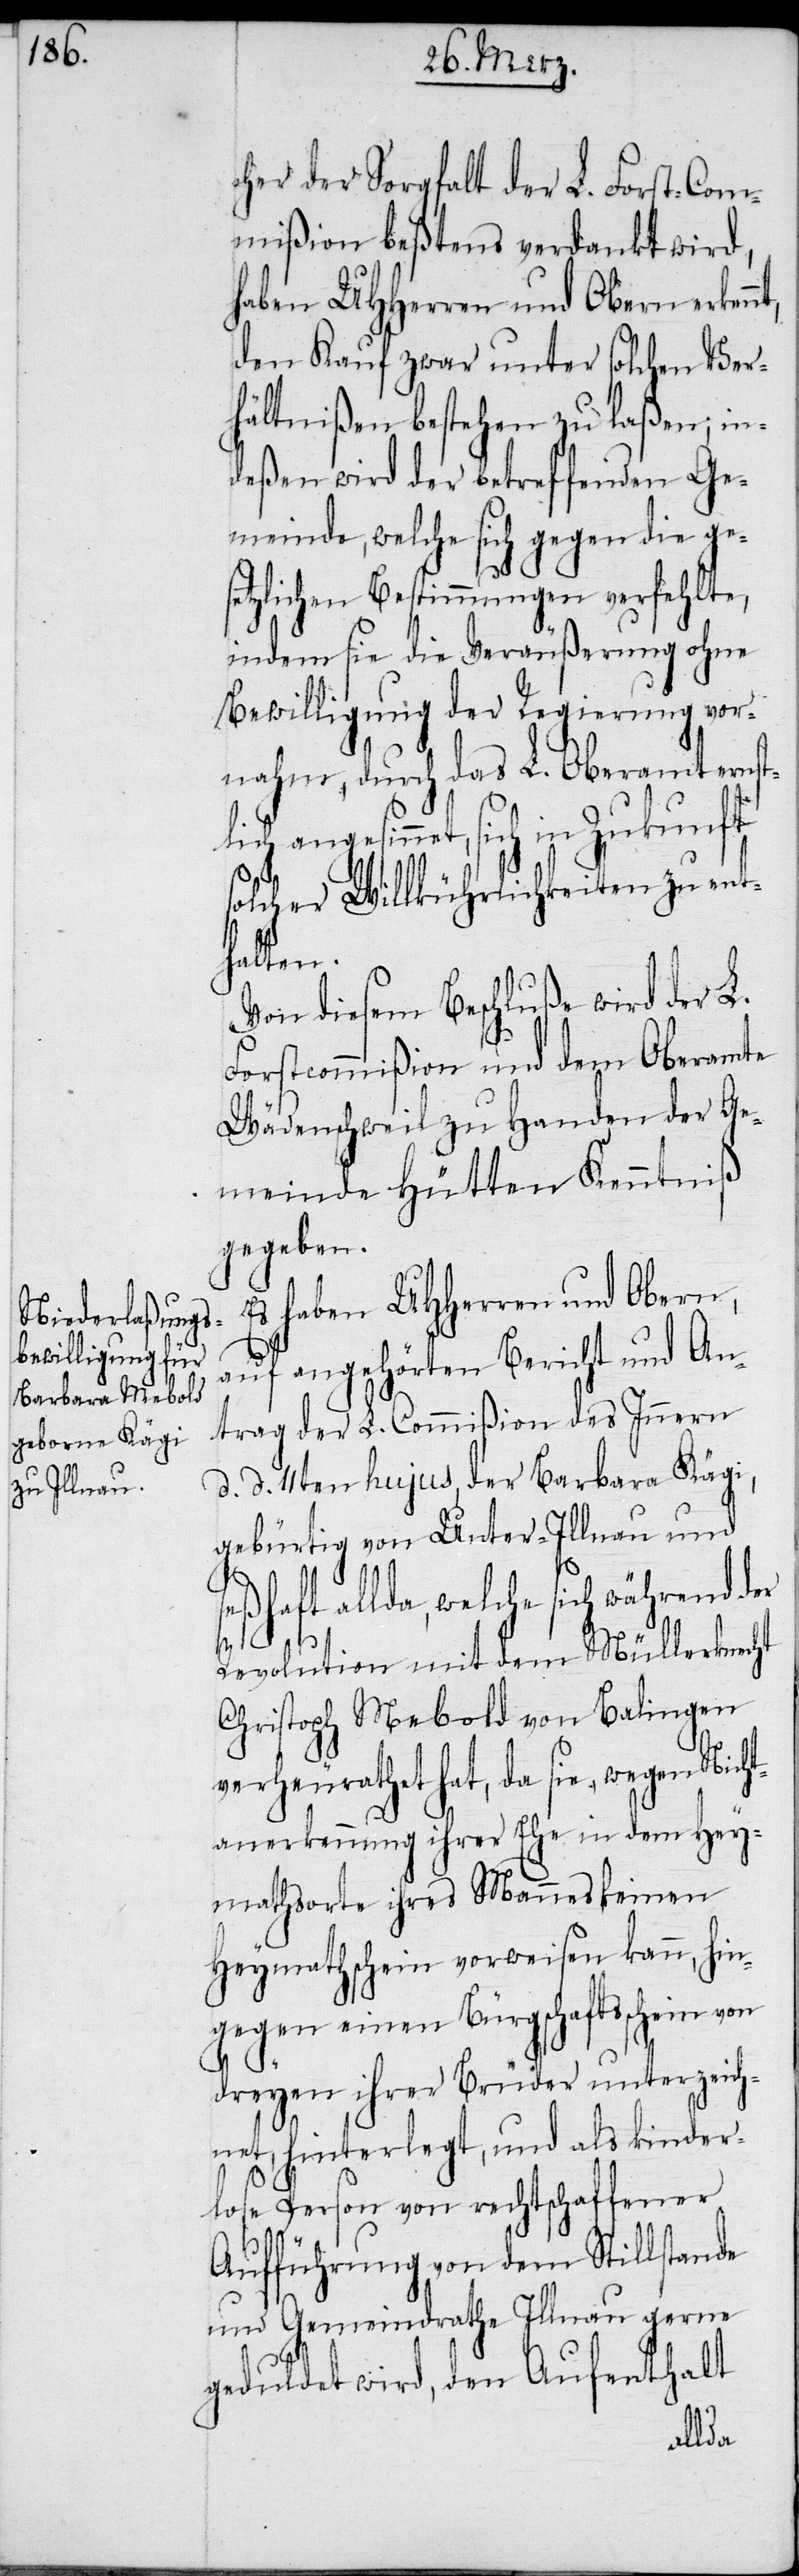
cher der Sorgfalt der L. Forst-Com¬
mißion beßtens verdankt wird,
haben UHHerren und Obern erken¬
den Kauf zwar unter solchen Ver¬
hältnißen bestehen zu laßen; in¬
deßen wird der betreffenden Ge¬
meinde, welche sich gegen die ge¬
tzlichen Bestimmungen verfehlte,
indem sie die Veräußerung ohne
Bewilligung der Regierung vor¬
nahm, durch das L. Oberamt ernst¬
angesinnet, sich in Zukunft
solcher Willkührlichkeiten zu ent¬
halten.
Von diesem Beschluße wird der L.
Forstcommißion und dem Oberamte
Wädenschweil zu Handen der Ge¬
meinde Hütten Kenntniß
gegeben.
Es haben UHHerren und Obern,
auf angehörten Bericht und An¬
trag der L. Commißion des Innern
d. d. 11ten hujus, der Barbara Kägi,
gebürtig von Unter-Illnau und
seßhaft allda, welche sich während der
Revolution mit dem Müllerknecht
Christoph Mebold von Balingen
verheurathet hat, da sie, wegen Nicht¬
anerkennung ihrer Ehe in dem Hey¬
mathsorte ihres Mannes keinen
Heymatschein vorweisen kann, hin¬
gegen einen Bürgschaftsschein von
dreyen ihrer Brüder unterzeich¬
net, hinterlegt, und als kinder¬
lose Person von rechtschaffener
Aufführung von dem Stillstande
und Gemeindrathe Illnau gerne
geduldet wird, den Aufenthalt
lich